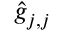
\hat { g } _ { j , j }